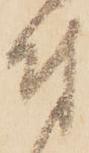
付